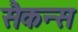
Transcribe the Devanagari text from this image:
सैकन्स